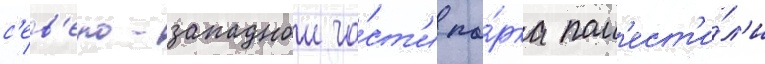
с'ев'еро-западнои ча́ст'и па́рка пом'ест'и́л'и